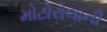
મોટોરોલાની